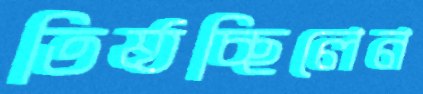
তিষ্ঠচ্ছিলেন